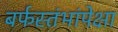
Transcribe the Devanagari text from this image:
बर्फस्तंभांपेक्षा